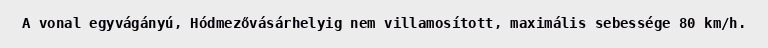
A vonal egyvágányú, Hódmezővásárhelyig nem villamosított, maximális sebessége 80 km/h.